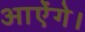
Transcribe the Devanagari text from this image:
आऐंगे।